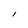
Character: i